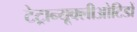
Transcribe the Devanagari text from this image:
टेट्रान्यूक्लीओटिडों